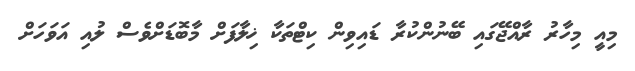
މިއީ މިހާރު ރާއްޖޭގައި ބޭނުންކުރާ ޑައިވިން ކިޓްތަކާ ޚިލާފަށް މާބޮޑަށްވެސް ލުއި އަވަހަށް